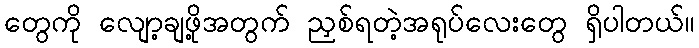
တွေကို လျော့ချဖို့အတွက် ညှစ်ရတဲ့အရုပ်လေးတွေ ရှိပါတယ်။